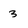
Character: 3